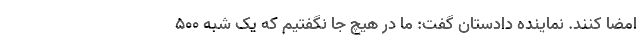
امضا کنند. نماینده دادستان گفت: ما در هیچ جا نگفتیم که یک شبه ۵۰۰